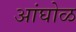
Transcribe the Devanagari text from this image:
अांघोळ